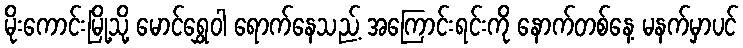
မိုးကောင်းမြို့သို့ မောင်ရွှေဝါ ရောက်နေသည့် အကြောင်းရင်းကို နောက်တစ်နေ့ မနက်မှာပင်